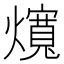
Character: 𰟲